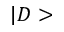
| D >